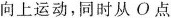
向上运动，同时从O点